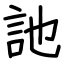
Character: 訑